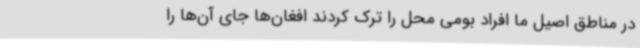
در مناطق اصیل ما افراد بومی محل را ترک کردند افغان‌ها جای آن‌ها را